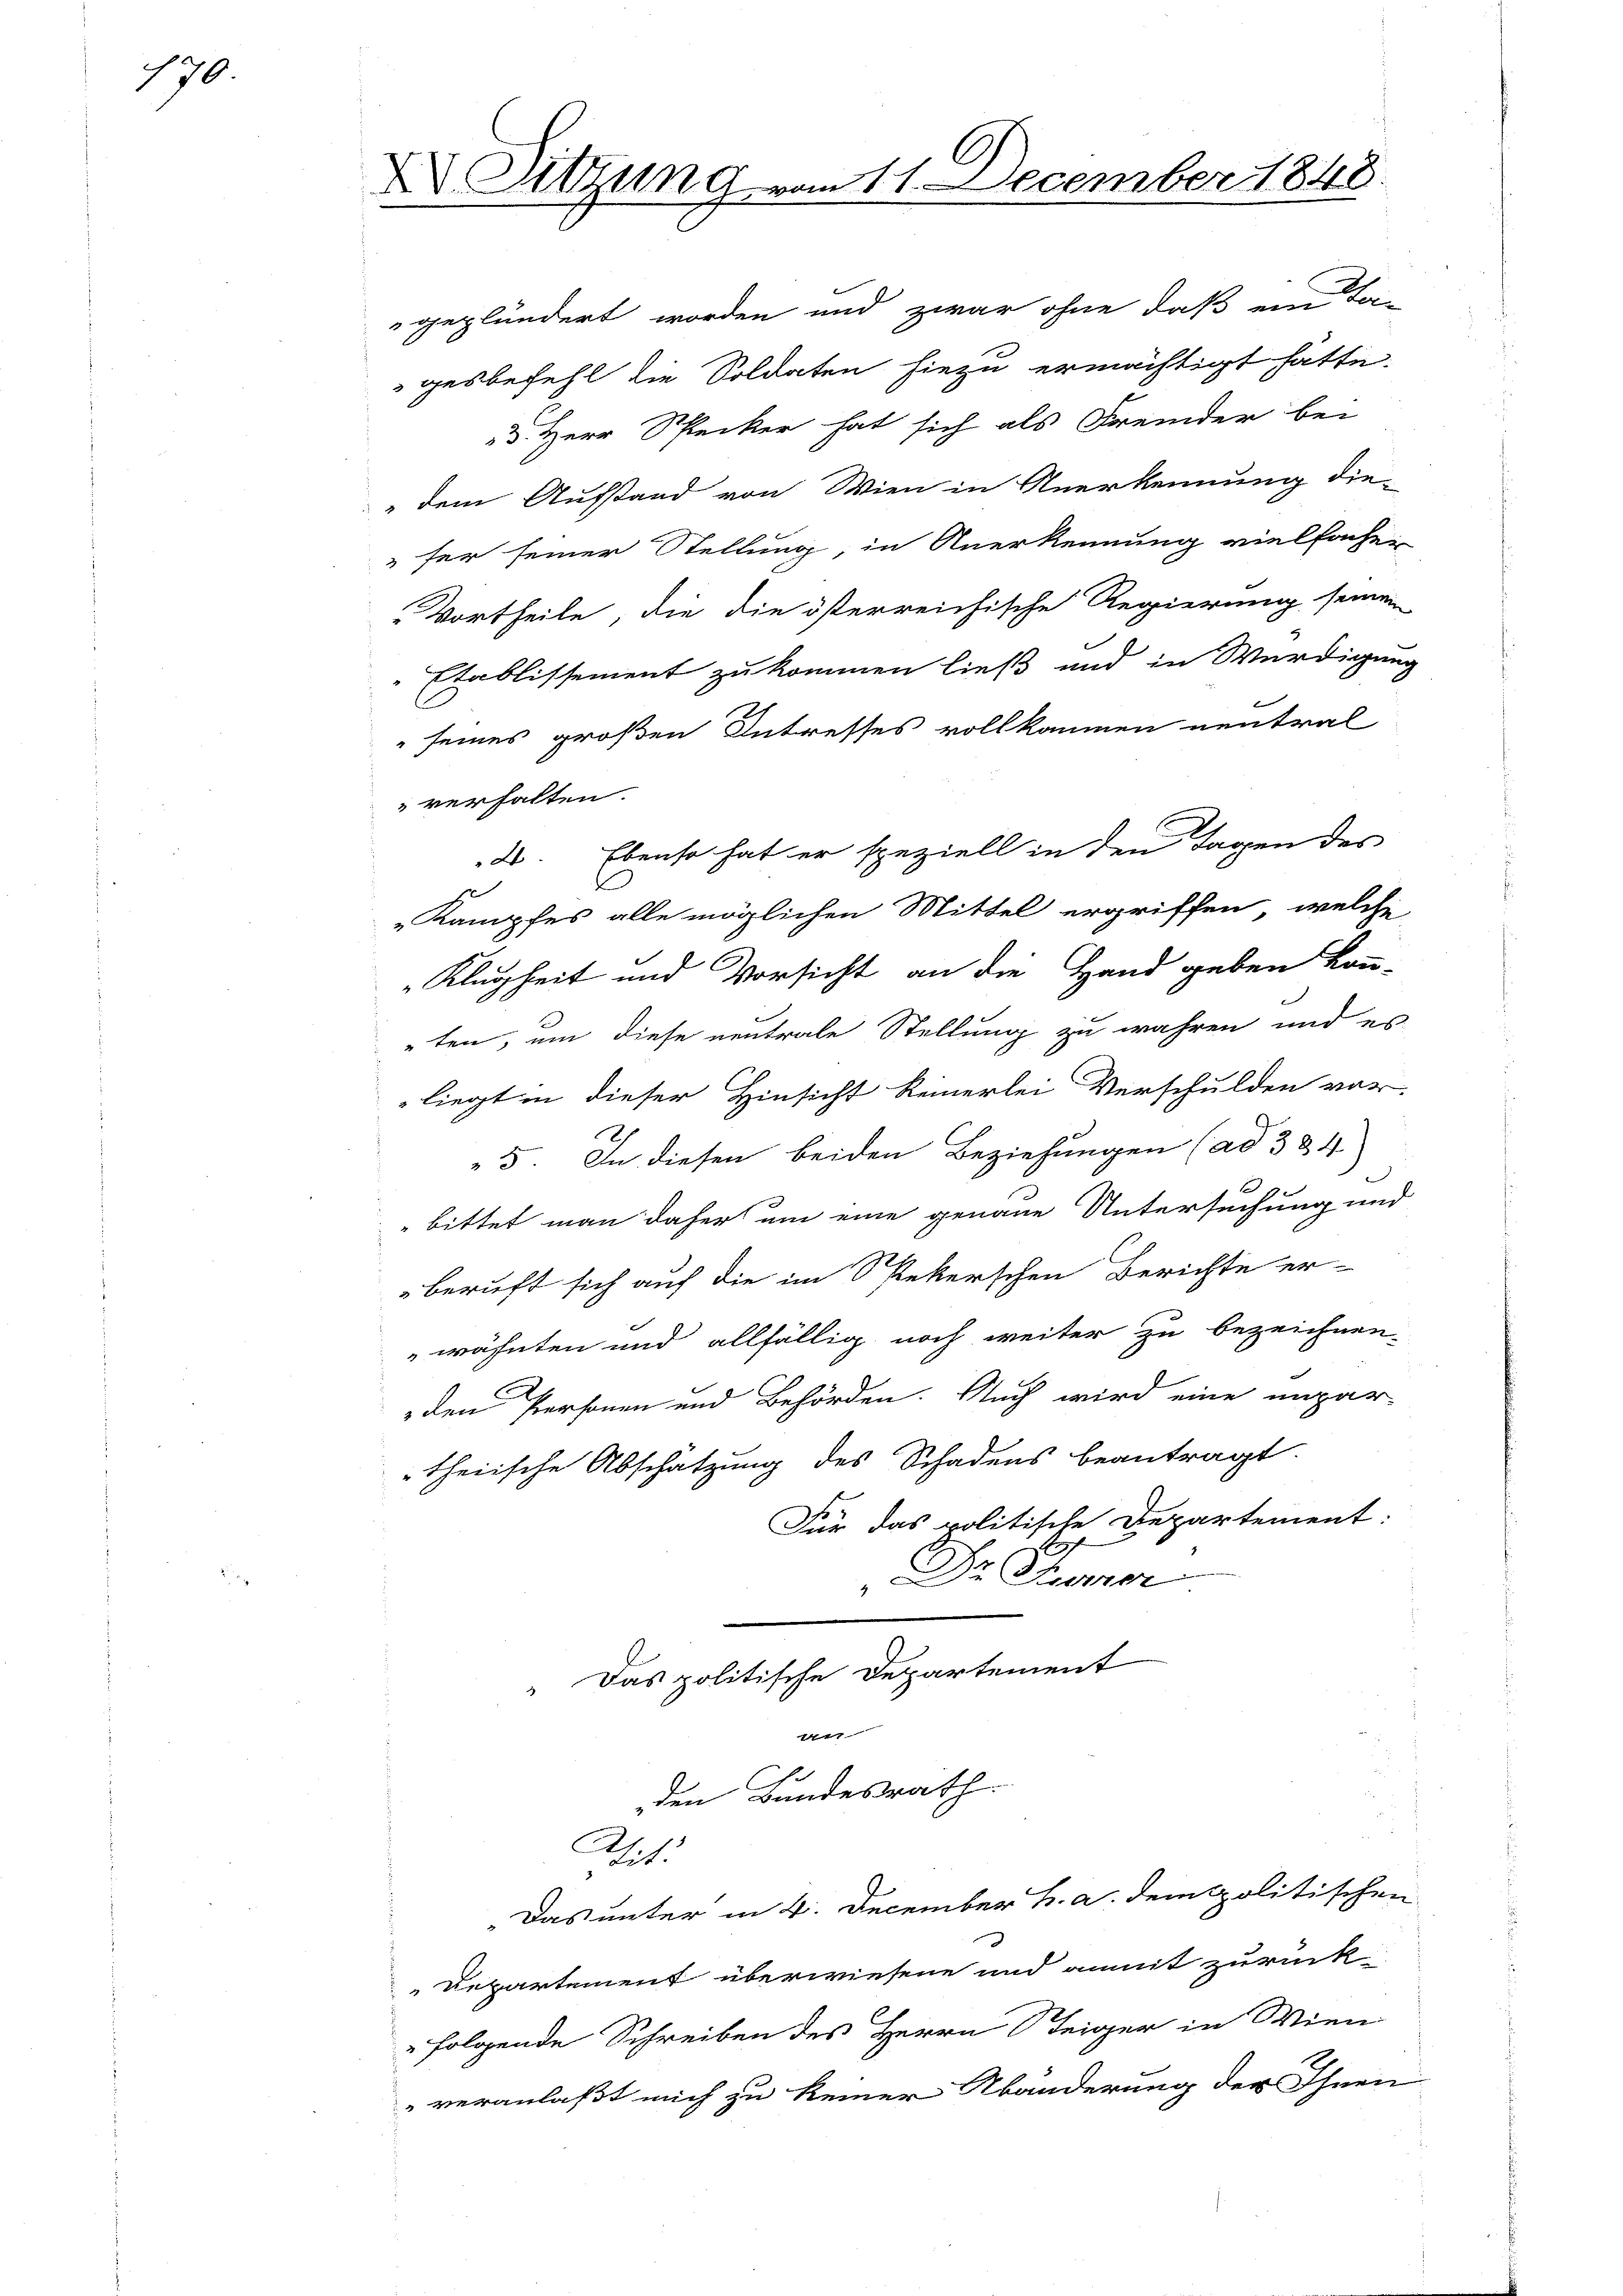
170

C
 Sitzung vom 11. December 1848.

5. Herr Specker hat sich als Fremder bei
" dem Aufstand von Wien in Anerkennung die-
" für seiner Stellung in Anerkennung vielfachen
Vortheile, die die österreichische Regierung seinen
Etablissement zu kommen ließ und in Würdigung
 seines großen Intresses vollkommen neutral
verhalten.
2. Ebenso hat er speziell in den Tagen des
10
Kampfes alle möglichen Mittel ergriffen, welche
Klugheit und Vorsicht an die Hand geben kon-
ten, um diese neutrale Stellung zu wahren und es
liegt in dieser Hinsicht keinerlei Verschulden vor-
5. In diesen beiden Beziehungen (ad 384.
bittet man daher um eine genaue Untersuchung und
beruft sich auf die im Spekerschen Berichte er-
wähnten und allfällig noch weiter zu bezeichnen-
den Personen und Behörden. Auch wird eine unpar-
theiische Abschätzung des Schadens beantragt.
Für das politische Departement:
S
"Dr. Tiemer
" Das politische Departement
n
den Bundesrath
Wit:
Das unter in 4. December h. a. dem politischen
Departement überwiesene und anmit zurück-
"folgende Schreiben des Herrn Steiger in Wien
"veranlaßt mich zu keiner Abänderung der Ihnen

geplündert worden und zwar ohne daß ein Ta-
gesbefehl die Soldaten hiezu ermächtigt hätte.